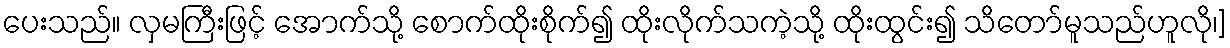
ပေးသည်။ လှမကြီးဖြင့် အောက်သို့ စောက်ထိုးစိုက်၍ ထိုးလိုက်သကဲ့သို့ ထိုးထွင်း၍ သိတော်မူသည်ဟူလို၊]